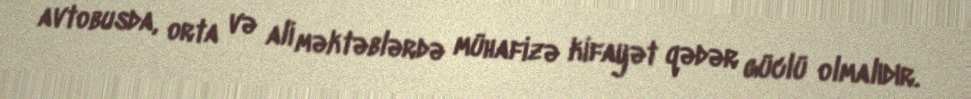
avtobusda, orta və ali məktəblərdə mühafizə kifayət qədər güclü olmalıdır.